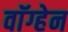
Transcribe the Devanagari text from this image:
वाॅग्हेन